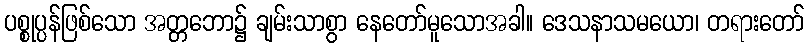
ပစ္စုပ္ပန်ဖြစ်သော အတ္တဘော၌ ချမ်းသာစွာ နေတော်မူသောအခါ။ ဒေသနာသမယော၊ တရားတော်